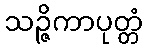
သဉ္ဇိကာပုတ္တံ